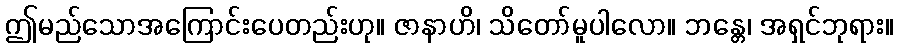
ဤမည်သောအကြောင်းပေတည်းဟု။ ဇာနာဟိ၊ သိတော်မူပါလော။ ဘန္တေ၊ အရှင်ဘုရား။